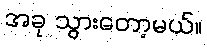
အခု သွားတော့မယ်။